Leaving Certificate Examination (including Day School Certificate (Higher) General paper), 1937
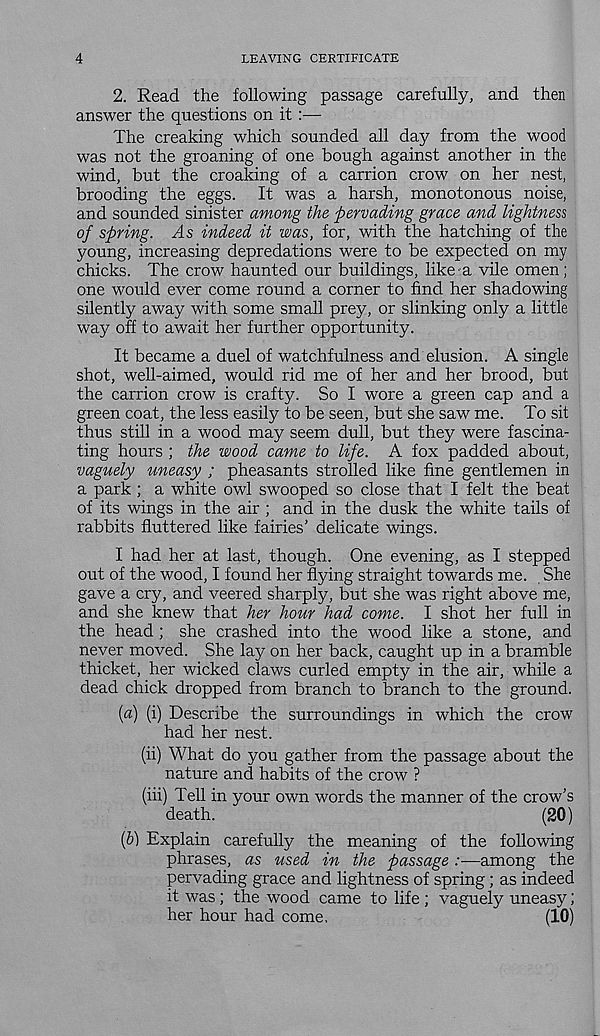
4
LEAVING CERTIFICATE
2. Read the following passage carefully, and then
answer the questions on it :—
The creaking which sounded all day from the wood
was not the groaning of one bough against another in the
wind, but the croaking of a carrion crow on her nest,
brooding the eggs. It was a harsh, monotonous noise,
and sounded sinister among the pervading grace and lightness
of spring. As indeed it was, for, with the hatching of the
young, increasing depredations were to be expected on my
chicks. The crow haunted our buildings, like a vile omen;
one would ever come round a corner to find her shadowing
silently away with some small prey, or slinking only a little
way off to await her further opportunity.
It became a duel of watchfulness and elusion. A single
shot, well-aimed, would rid me of her and her brood, but
the carrion crow is crafty. So I wore a green cap and a
green coat, the less easily to be seen, but she saw me. To sit
thus still in a wood may seem dull, but they were fascina-
ting hours ; the wood came to life. A fox padded about,
vaguely uneasy ; pheasants strolled like fine gentlemen in
a park ; a white owl swooped so close that I felt the beat
of its wings in the air ; and in the dusk the white tails of
rabbits fluttered like fairies’ delicate wings.
I had her at last, though. One evening, as I stepped
out of the wood, I found her flying straight towards me. She
gave a cry, and veered sharply, but she was right above me,
and she knew that her hour had come. I shot her full in
the head ; she crashed into the wood like a stone, and
never moved. She lay on her back, caught up in a bramble
thicket, her wicked claws curled empty in the air, while a
dead chick dropped from branch to branch to the ground.
[a) (i) Describe the surroundings in which the crow
had her nest.
(ii) What do you gather from the passage about the
nature and habits of the crow ?
(iii) Tell in your own words the manner of the crow’s
death.
(20)
(h) Explain carefully the meaning of the following
phrases, as used in the passage :—among the
pervading grace and lightness of spring ; as indeed
it was ; the wood came to life ; vaguely uneasy;
her hour had come,
(10)